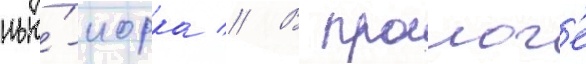
нью́-иорка // В пролог'е